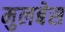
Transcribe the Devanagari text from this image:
मुलबेस